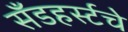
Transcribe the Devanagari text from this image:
सँडहर्स्टचे